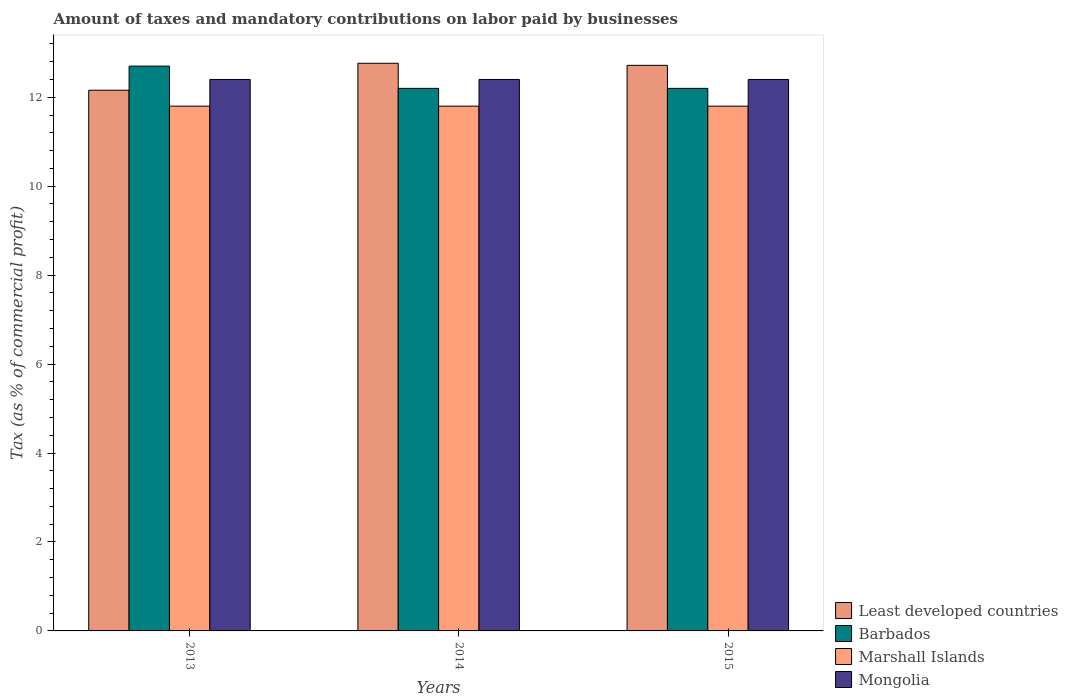
| Years | Least developed countries | Barbados | Marshall Islands | Mongolia |
 | --- | --- | --- | --- | --- |
 | 2013 | 12.2 | 12.7 | 11.8 | 12.4 |
 | 2014 | 12.8 | 12.2 | 11.8 | 12.4 |
 | 2015 | 12.7 | 12.2 | 11.8 | 12.4 |